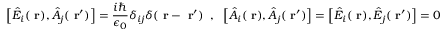
\left[ \hat { E } _ { i } ( \mathrm { \bf ~ r } ) , \hat { A } _ { j } ( \mathrm { \bf ~ r } ^ { \prime } ) \right] = \frac { i \hbar } { \epsilon _ { 0 } } \delta _ { i j } \delta ( \mathrm { \bf ~ r } - \mathrm { \bf ~ r } ^ { \prime } ) \; \; , \; \; \left[ \hat { A } _ { i } ( \mathrm { \bf ~ r } ) , \hat { A } _ { j } ( \mathrm { \bf ~ r } ^ { \prime } ) \right] = \left[ \hat { E } _ { i } ( \mathrm { \bf ~ r } ) , \hat { E } _ { j } ( \mathrm { \bf ~ r } ^ { \prime } ) \right] = 0